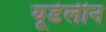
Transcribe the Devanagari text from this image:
यूडेलीन